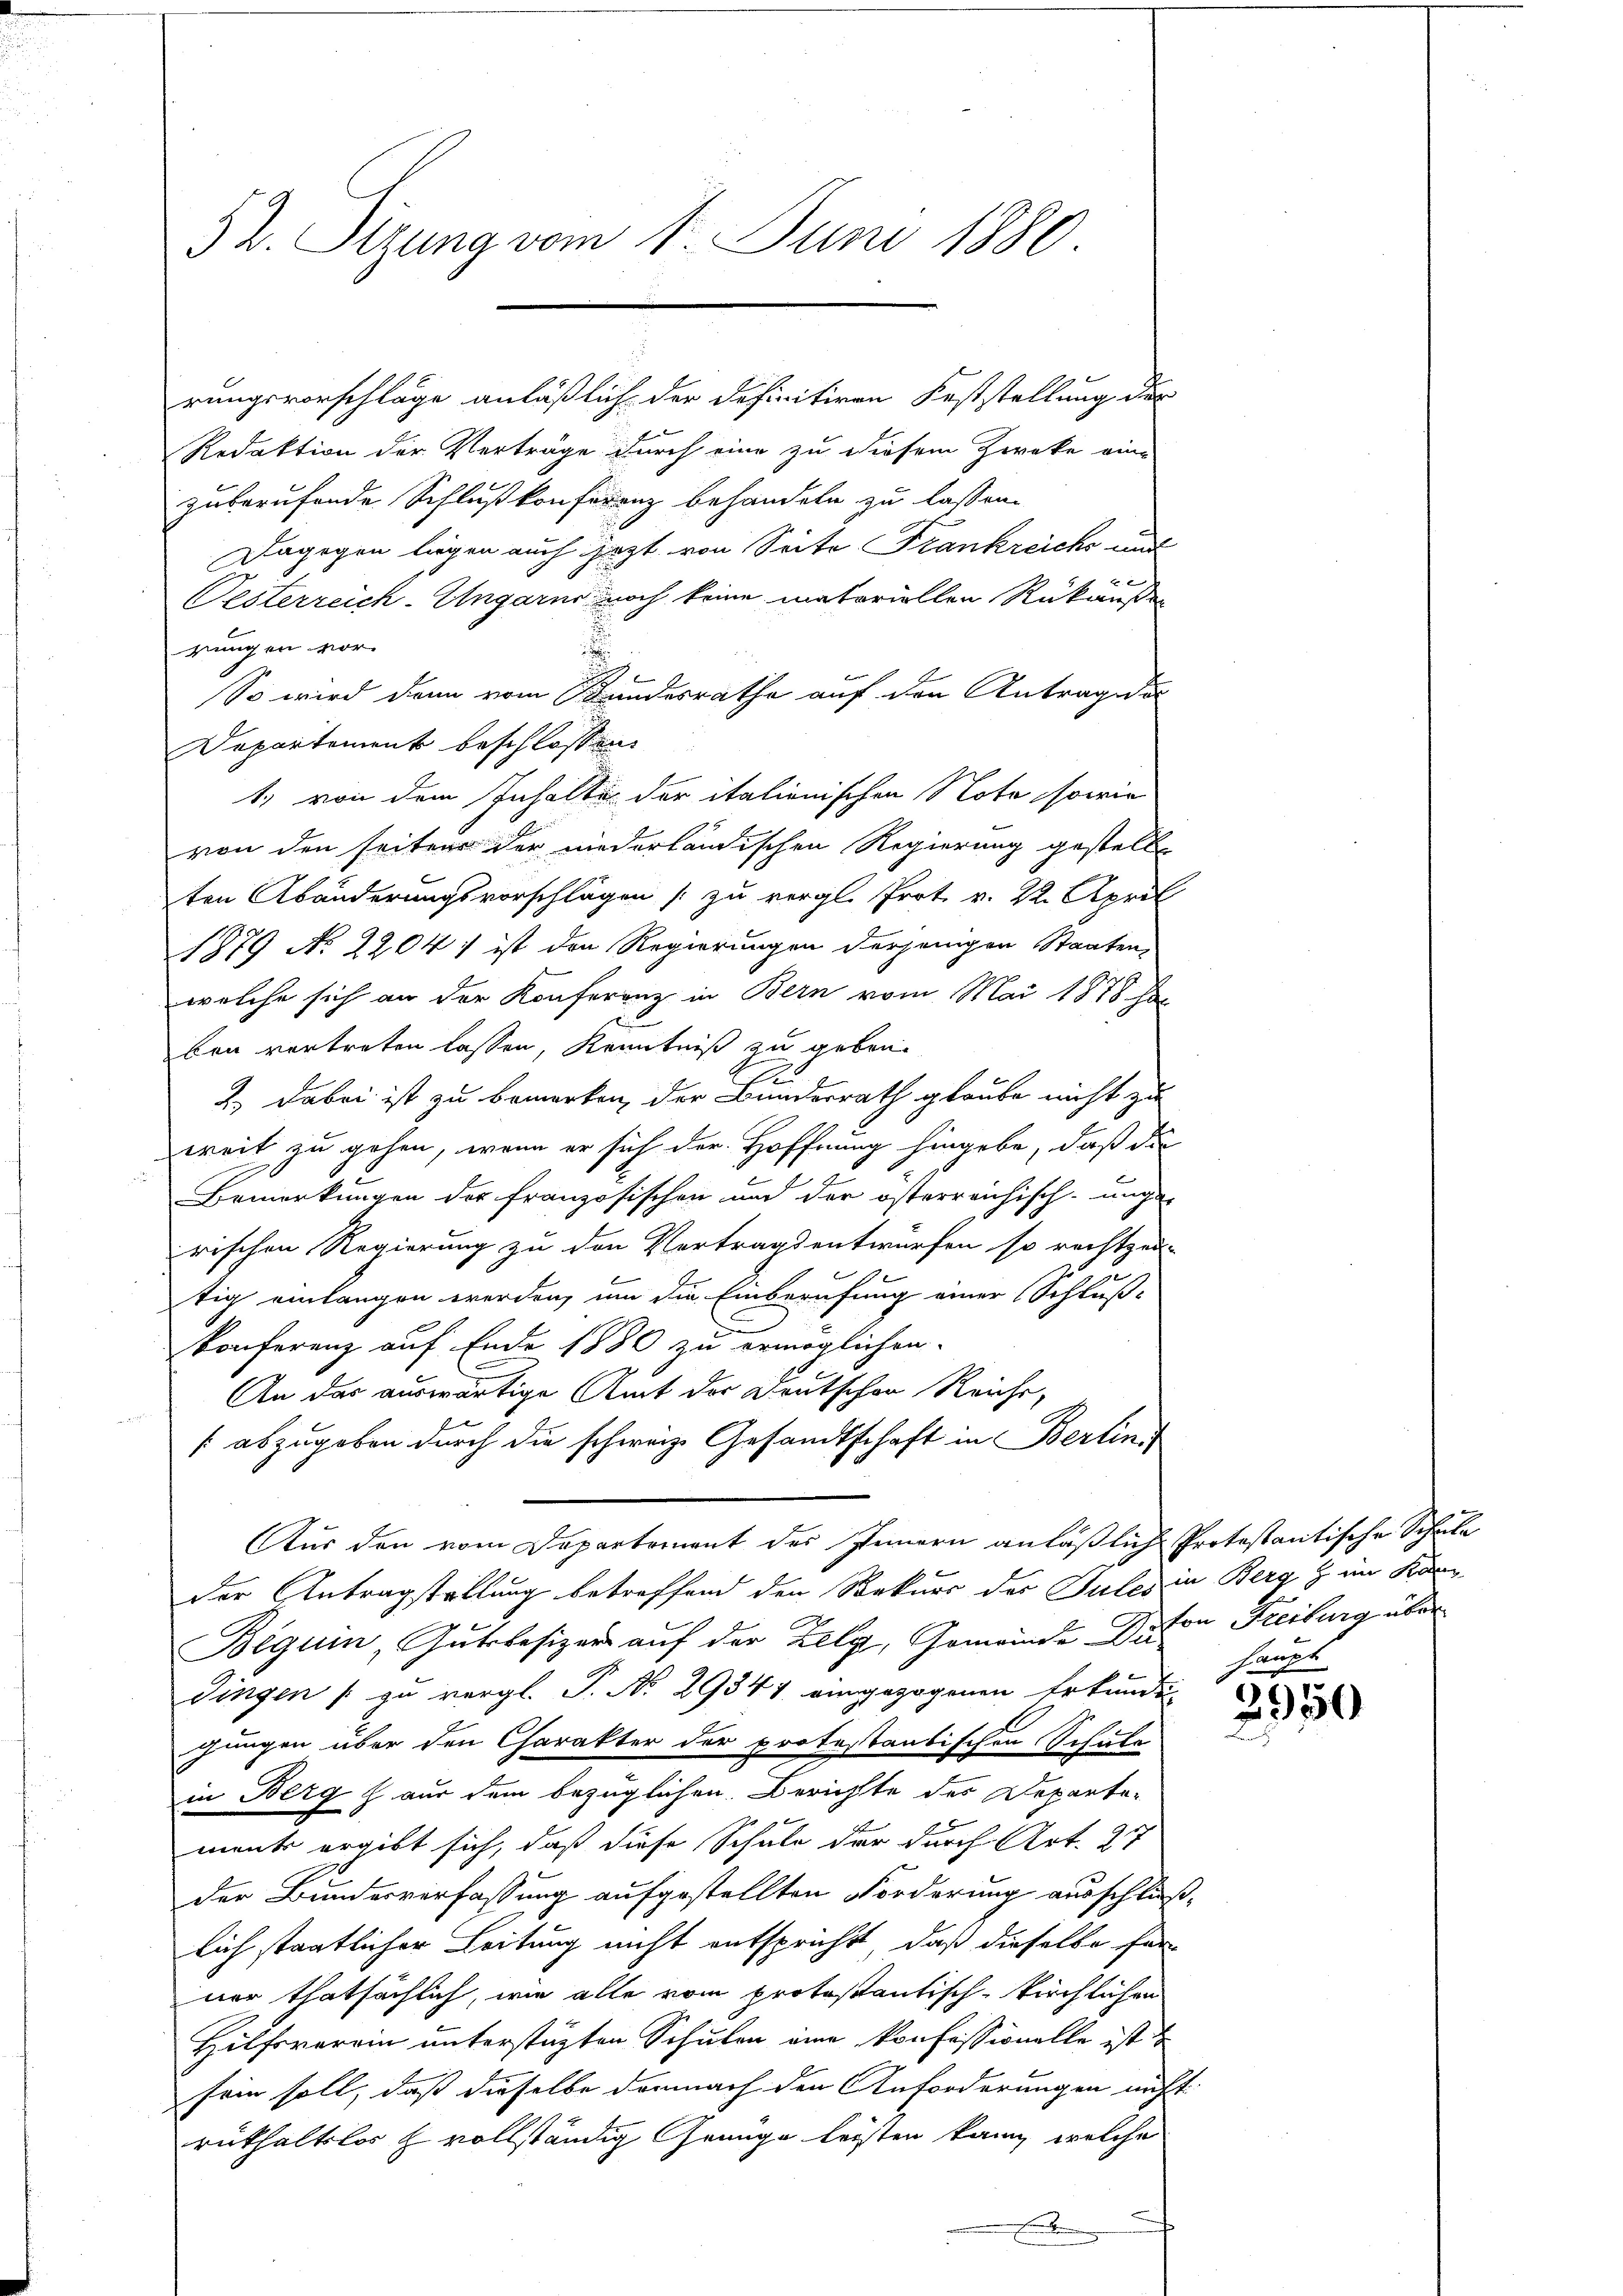
92. Sitzung vom 1. Juni 1880.

rungsvorschläge anläßlich der definitiven Feststellung des
Redaktion der Verträge durch eine zu diesem Zwecke ein-
zuberufende Schlußkonferenz behandeln zu lassen.
Dagegen ligen auch jezt von Seite Frankreichs auf
.

Oesterreich-Ungarns noch keine materiellen Rükaufen
rungen vor.
.
So wird dann vom Bundesrathe auf den Antrage der
Departement beschlossen
1) von dem Inhalte der italionischen Note sowie
von den seiten der niederländischen Regierung gestelle
ten Abänderungsvorschlägen /: zu vergl. Prot. v. 22. April
1879 No 2204; ist den Regierungen derjenigen Staaten
welche sich an der Konferenz in Bern vom Mai 1878 ha
ben vortreten lassen, Kenntniß zu geben.
2.) Dabei ist zu bemerken, der Bundesrath glaube nicht zu
weit zu gehen, wenn er sich der Hoffnung hingebe, daß die
A
Bemerkungen der französischen und der österreichisch-unga-
rischen Regierung zu den Vertragsentwürfen so rechtzei-
tig einlangen werden, um die Einberufung einer Schluß-
konferenz auf Ende 1880 zu ermöglichen
An das auswärtige Amt der Deutschen Reiche,
abzugeben durch die schweiz. Gesandtschaft in Berlini
Aus den vom Departement des Innern anläßlich Protestantische Schule
der Antragstellung betreffend den Rekurs der Pules in Berg & im Kan
Beguin, Gutsbesizer auf der Zelg, Gemeinde Peten Freiburg über
Fingen / zu vergl. P. No 29341 eingezogenen Erkundung
gungen über den Charakter der protestantischen Schule
in Berg & aus dem bezüglichen Berichte des Departe-
ments ergibt sich, daß diese Schule der durch Art. 27
der Bundesverfassung aufgestellten Forderung ausschlußlich staatlicher Leitung nicht entspricht, daß dieselbe für
ner thatsächlich, wie alle vom protestantisch-kirchlichen
Hilfsverein unterstützten Schulen eine Konfessionelle ist d
sein soll, daß dieselbe demnach den Anforderungen nicht
rükhaltlos & vollständig Genüge leisten kann, welche
e

haupt

2950
F